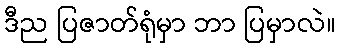
ဒီည ပြဇာတ်ရုံမှာ ဘာ ပြမှာလဲ။